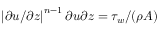
\left| \partial u / \partial z \right| ^ { n - 1 } \partial u \partial z = \tau _ { w } / ( \rho A )